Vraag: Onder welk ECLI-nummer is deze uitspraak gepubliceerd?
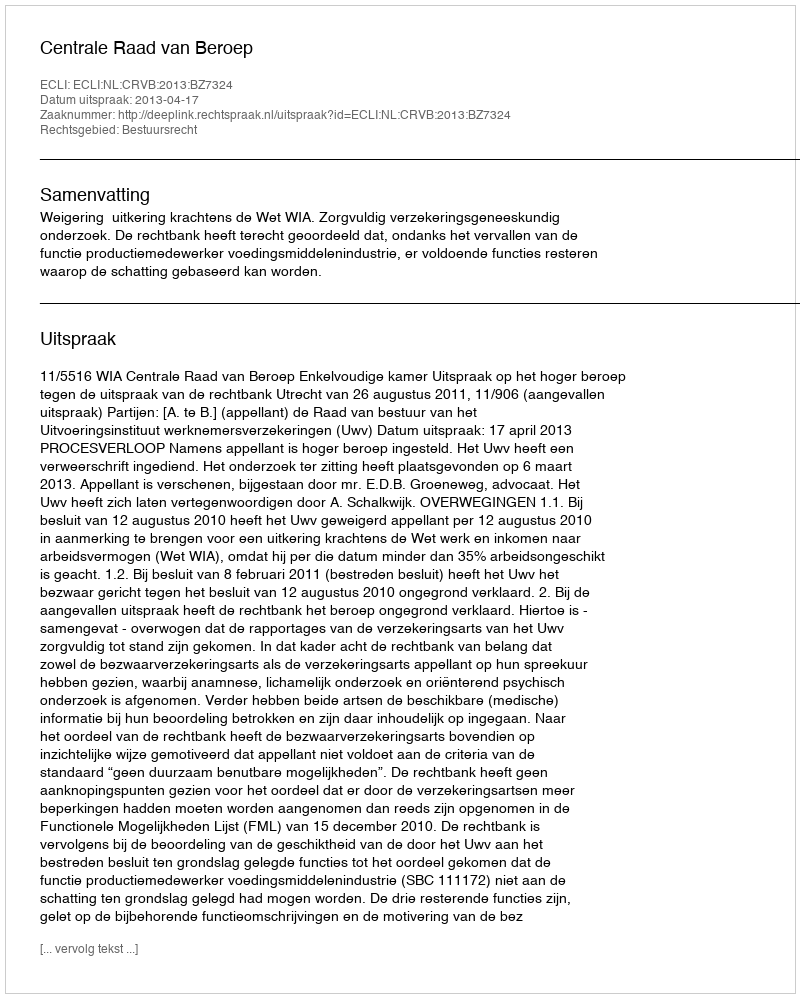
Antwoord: ECLI:NL:CRVB:2013:BZ7324